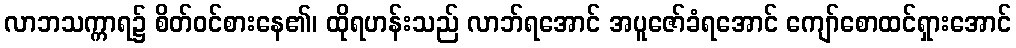
လာဘသက္ကာရ၌ စိတ်ဝင်စားနေ၏၊ ထိုရဟန်းသည် လာဘ်ရအောင် အပူဇော်ခံရအောင် ကျော်စောထင်ရှားအောင်